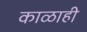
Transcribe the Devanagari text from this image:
काळाही